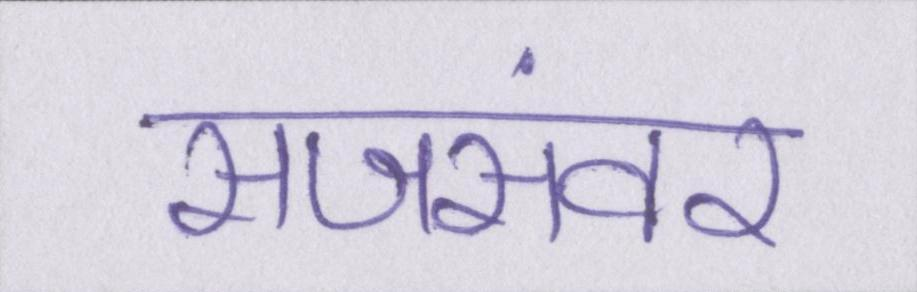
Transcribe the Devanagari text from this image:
सजसंवर